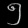
Digit: ၅